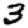
Digit: 3